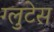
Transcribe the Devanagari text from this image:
ग्लुटेस